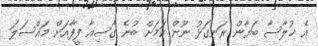
އެ ޚުލާސާ ބަޔާން ރަނގަޅު ނޫން ކަމަށް ބުނެ ގާސިއާ ފީފާއަށް މައްސަލަ